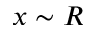
x \sim R